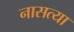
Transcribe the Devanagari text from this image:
नासत्या